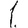
Digit: 1